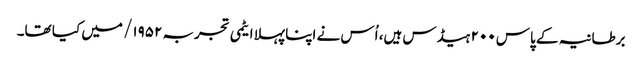
برطانیہ کے پاس ۲۰۰ ہیڈس ہیں، اُس نے اپنا پہلا ایٹمی تجربہ ۱۹۵۲/ میں کیا تھا۔